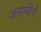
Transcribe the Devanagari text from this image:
असामीचे